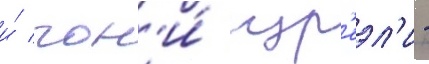
и́ гон'и́ изр'еэл'и -